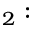
_ { 2 } :